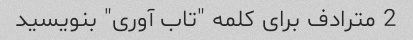
2 مترادف برای کلمه "تاب آوری" بنویسید